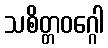
သစိတ္တဝဂ္ဂေါ